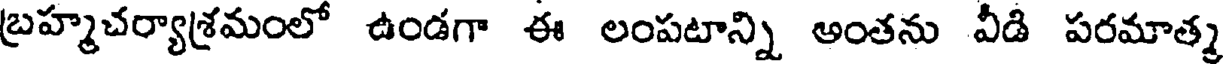
బ్రహ్మచర్యాశ్రమంలో ఉండగా ఈ లంపటాన్ని అంతను వీడి పరమాత్మ